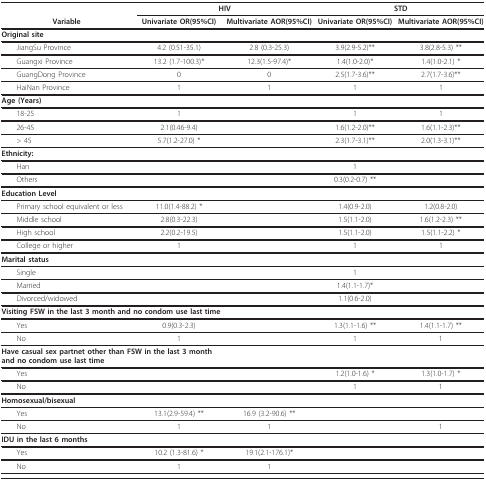
<table><thead><tr><td></td><td colspan="2"><b>HIV</b></td><td colspan="2"><b>STD</b></td></tr><tr><td><b>Variable</b></td><td><b>Univariate OR(95%CI)</b></td><td><b>Multivariate AOR(95%CI)</b></td><td><b>Univariate OR(95%CI)</b></td><td><b>Multivariate AOR(95%CI)</b></td></tr></thead><tbody><tr><td><b>Original site</b></td><td></td><td></td><td></td><td></td></tr><tr><td> JiangSu Province</td><td>4.2 (0.51-35.1)</td><td>2.8 (0.3-25.3)</td><td>3.9(2.9-5.2)**</td><td>3.8(2.8-5.3) **</td></tr><tr><td> Guangxi Province</td><td>13.2 (1.7-100.3)*</td><td>12.3(1.5-97.4)*</td><td>1.4(1.0-2.0)*</td><td>1.4(1.0-2.1) *</td></tr><tr><td> GuangDong Province</td><td>0</td><td>0</td><td>2.5(1.7-3.6)**</td><td>2.7(1.7-3.6)**</td></tr><tr><td> HaiNan Province</td><td>1</td><td>1</td><td>1</td><td>1</td></tr><tr><td><b>Age (Years)</b></td><td></td><td></td><td></td><td></td></tr><tr><td> 18-25</td><td>1</td><td></td><td>1</td><td>1</td></tr><tr><td> 26-45</td><td>2.1(0.46-9.4)</td><td></td><td>1.6(1.2-2.0)**</td><td>1.6(1.1-2.3)**</td></tr><tr><td> &gt; 45</td><td>5.7(1.2-27.0) *</td><td></td><td>2.3(1.7-3.1)**</td><td>2.0(1.3-3.1)**</td></tr><tr><td><b>Ethnicity:</b></td><td></td><td></td><td></td><td></td></tr><tr><td> Han</td><td></td><td></td><td>1</td><td></td></tr><tr><td> Others</td><td></td><td></td><td>0.3(0.2-0.7) **</td><td></td></tr><tr><td><b>Education Level</b></td><td></td><td></td><td></td><td></td></tr><tr><td> Primary school equivalent or less</td><td>11.0(1.4-88.2) *</td><td></td><td>1.4(0.9-2.0)</td><td>1.2(0.8-2.0)</td></tr><tr><td> Middle school</td><td>2.8(0.3-22.3)</td><td></td><td>1.5(1.1-2.0)</td><td>1.6(1.2-2.3) **</td></tr><tr><td> High school</td><td>2.2(0.2-19.5)</td><td></td><td>1.5(1.1-2.0)</td><td>1.5(1.1-2.2) *</td></tr><tr><td> College or higher</td><td>1</td><td></td><td>1</td><td>1</td></tr><tr><td><b>Marital status</b></td><td></td><td></td><td></td><td></td></tr><tr><td> Single</td><td></td><td></td><td>1</td><td></td></tr><tr><td> Married</td><td></td><td></td><td>1.4(1.1-1.7)*</td><td></td></tr><tr><td> Divorced/widowed</td><td></td><td></td><td>1.1(0.6-2.0)</td><td></td></tr><tr><td colspan="2"><b>Visiting FSW in the last 3 month and no condom use last time</b></td><td></td><td></td><td></td></tr><tr><td> Yes</td><td>0.9(0.3-2.3)</td><td></td><td>1.3(1.1-1.6) **</td><td>1.4(1.1-1.7) **</td></tr><tr><td> No</td><td>1</td><td></td><td>1</td><td>1</td></tr><tr><td colspan="2"><b>Have casual sex partnet other than FSW in the last 3 month and no condom use last time</b></td><td></td><td></td><td></td></tr><tr><td> Yes</td><td></td><td></td><td>1.2(1.0-1.6) *</td><td>1.3(1.0-1.7) *</td></tr><tr><td> No</td><td></td><td></td><td>1</td><td>1</td></tr><tr><td><b>Homosexual/bisexual</b></td><td></td><td></td><td></td><td></td></tr><tr><td> Yes</td><td>13.1(2.9-59.4) **</td><td>16.9 (3.2-90.6) **</td><td></td><td></td></tr><tr><td> No</td><td>1</td><td>1</td><td></td><td>1</td></tr><tr><td><b>IDU in the last 6 months</b></td><td></td><td></td><td></td><td></td></tr><tr><td> Yes</td><td>10.2 (1.3-81.6) *</td><td>19.1(2.1-176.1)*</td><td></td><td></td></tr><tr><td> No</td><td>1</td><td>1</td><td></td><td></td></tr></tbody></table>